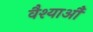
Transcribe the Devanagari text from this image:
वैश्याऔं